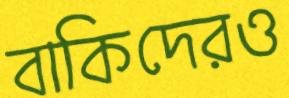
বাকিদেরও